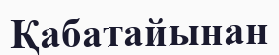
Қабатайынан